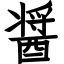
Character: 醤